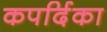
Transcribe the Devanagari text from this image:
कपर्दिका